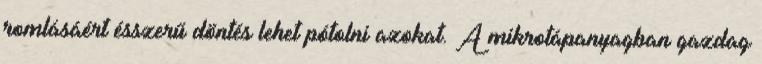
romlásáért ésszerű döntés lehet pótolni azokat. A mikrotápanyagban gazdag